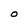
Character: O